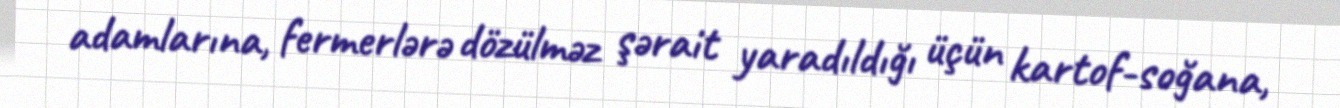
adamlarına, fermerlərə dözülməz şərait yaradıldığı üçün kartof-soğana,